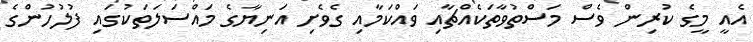
އެއީ މީގެ ކުރިން ވެސް މަސްތުވާތަކެއްޗާއި ވައްކަމާއި ގެވެށި އަނިޔާގެ މައްސަލަތަކުގައި ފުލުހުންގެ